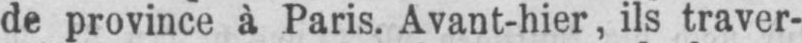
de province à Paris. Avant-hier, ils traver-